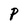
Character: P